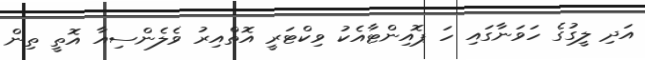
އަދި ލީގުގެ ހަވަނާގައި ހަ ޕޮއިންޓާއެކު ވިކްޓަރީ އޮތްއިރު ވެލެންސިއާ އޮތީ ތިން